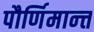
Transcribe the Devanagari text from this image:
पौर्णिमान्त्त